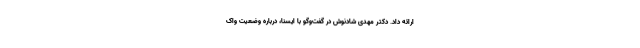
ارائه داد. دکتر مهدی شادنوش در گفت‌وگو با ایسنا، درباره وضعیت واک